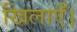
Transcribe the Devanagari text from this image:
खिलाएँ।